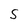
Character: S